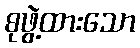
စုဖွဲ့ထားသော